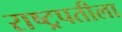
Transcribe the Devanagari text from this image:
राष्ट्रपतीला